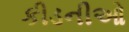
કીડનીઓ